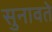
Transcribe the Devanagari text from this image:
सुनावते